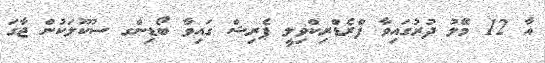
އާ 12 މޭލު ދުރުގައިވާ ފްރެޑްރިކްވިލީ ޕެރިޝް ގައިވާ ބޯޑިންގ ސުކޫލަކުން ޖާގަ